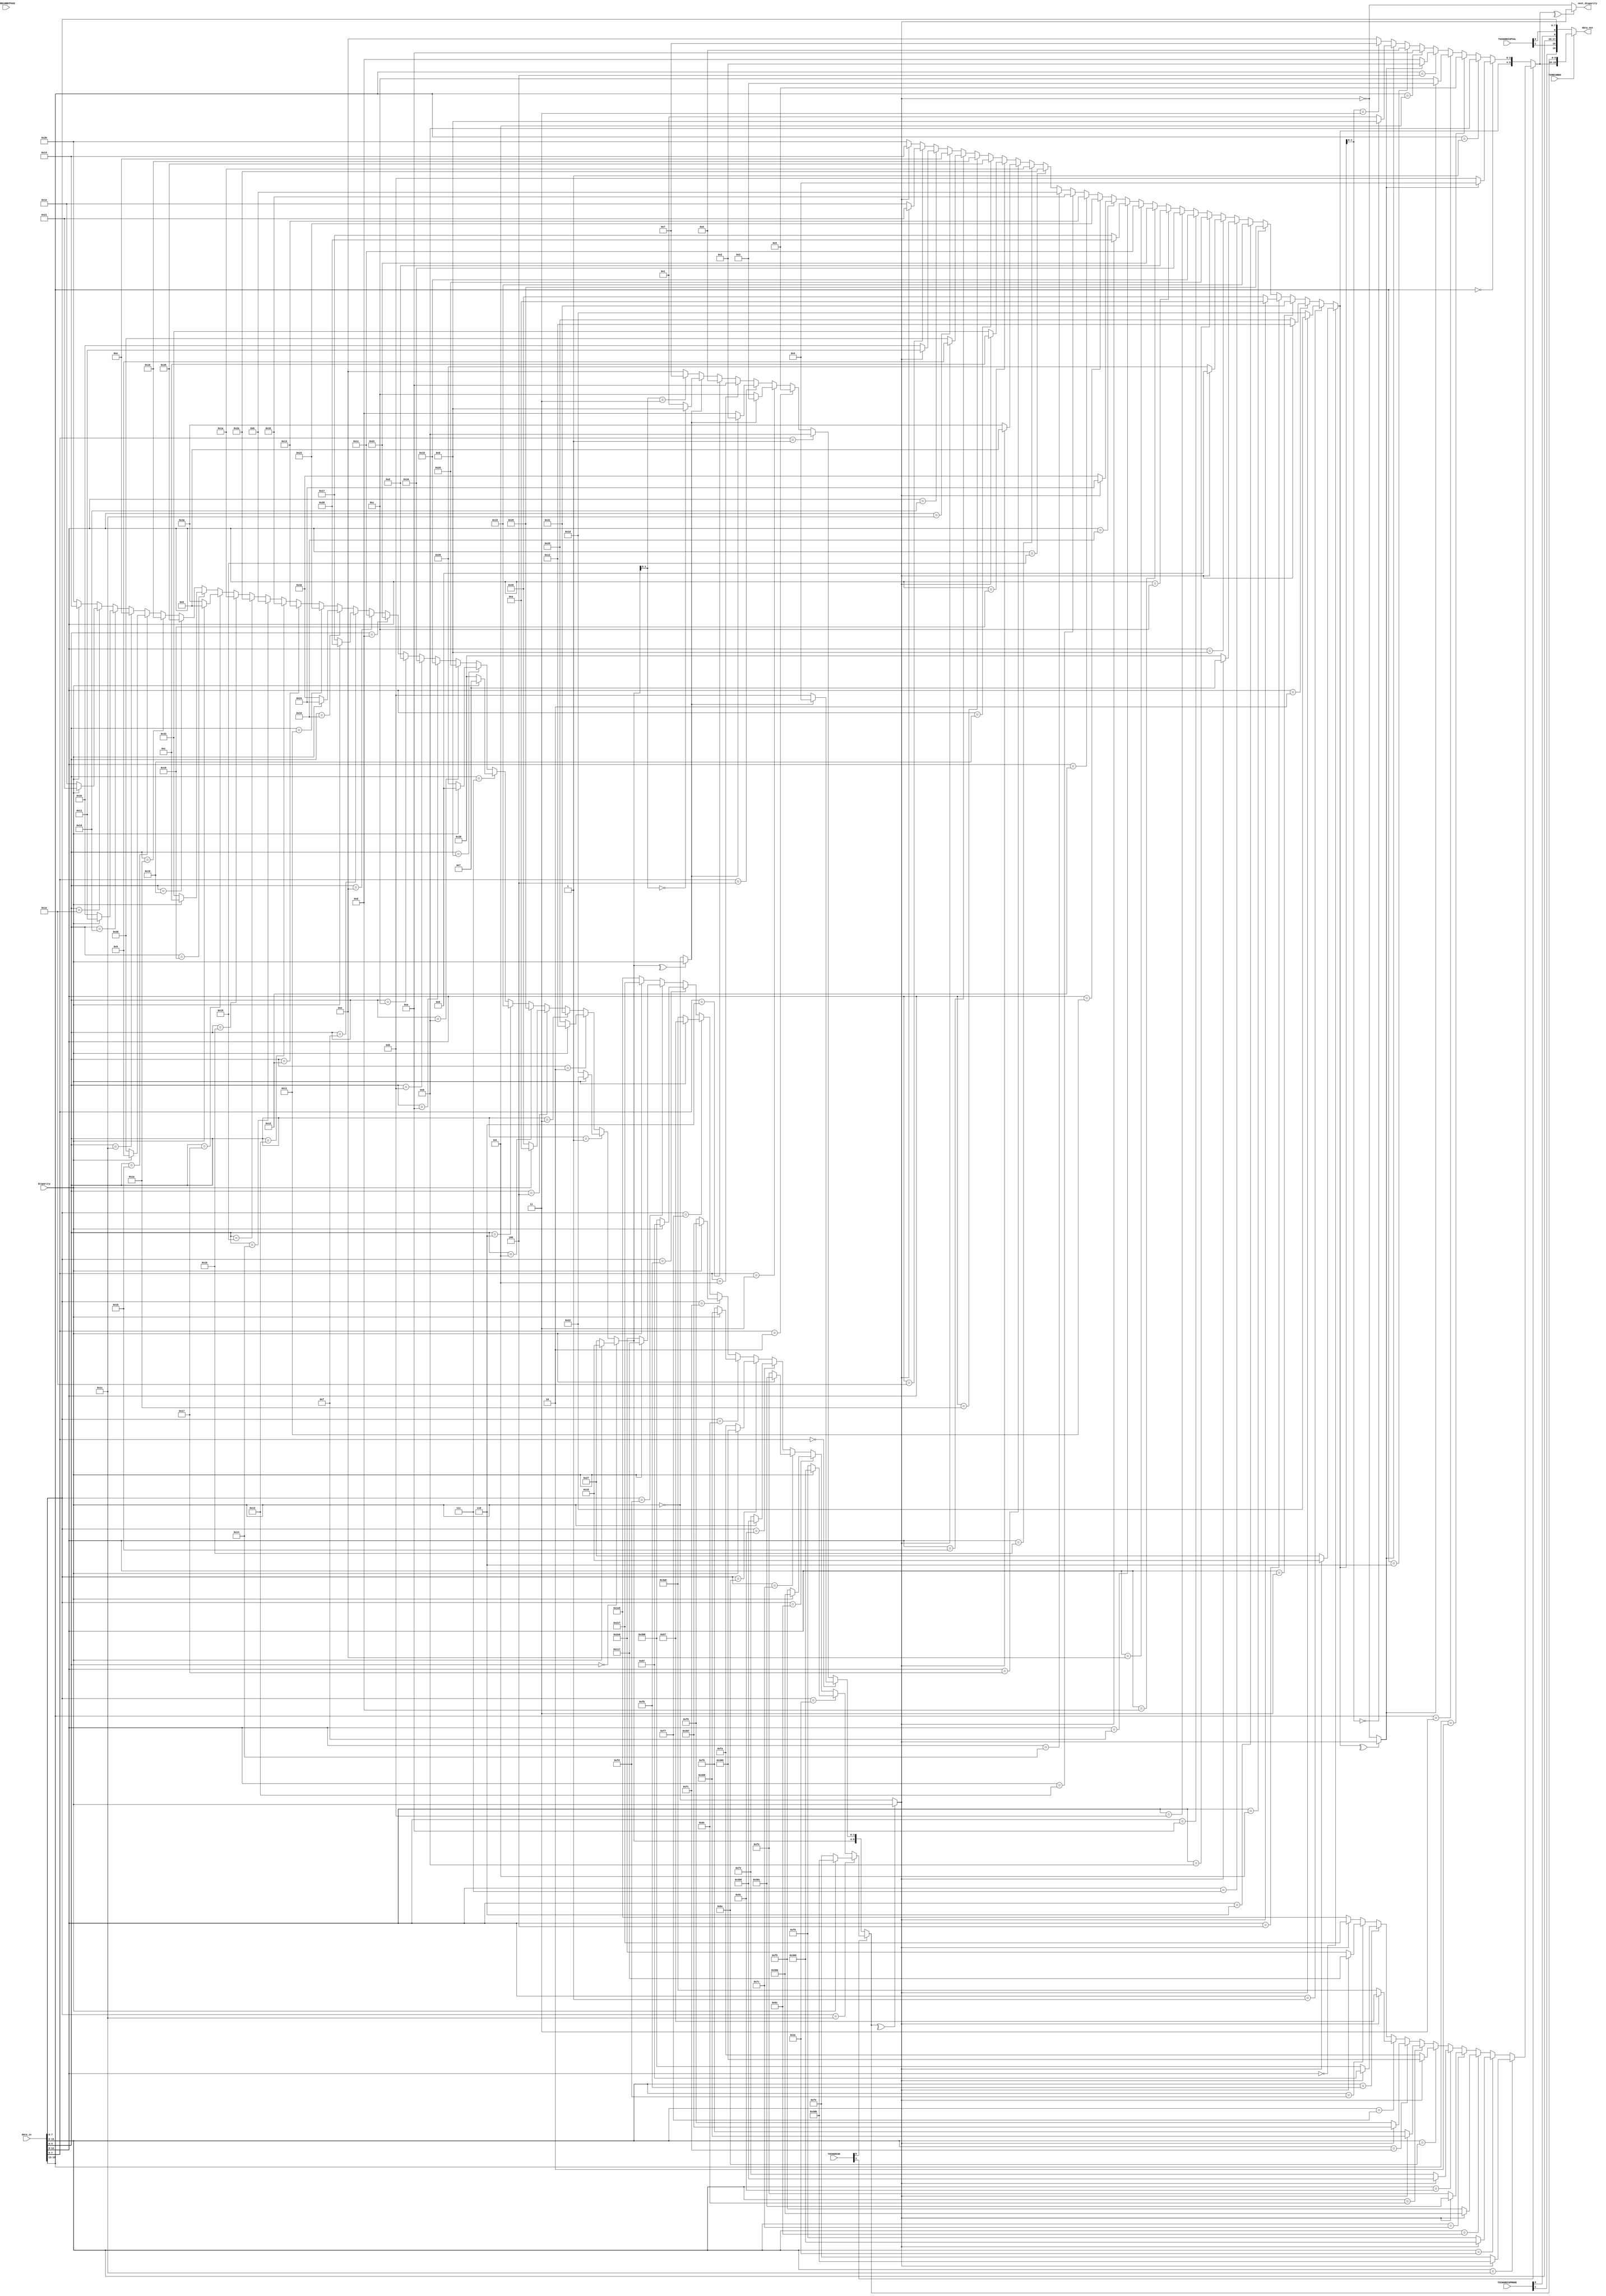
module gtxe2_chnl_tx_8x10enc #(
    parameter iwidth = 16,
    parameter iskwidth = 2,
    parameter owidth = 20
)
(
    input   wire    [iskwidth - 1:0]    TX8B10BBYPASS,
    input   wire                        TX8B10BEN,
    input   wire    [iskwidth - 1:0]    TXCHARDISPMODE,
    input   wire    [iskwidth - 1:0]    TXCHARDISPVAL,
    input   wire    [iskwidth - 1:0]    TXCHARISK,
    input   wire                        disparity,
    input   wire    [iwidth - 1:0]      data_in,
    output  wire    [owidth - 1:0]      data_out,
    output  wire                        next_disparity
);

wire    [owidth - 1:0]  enc_data_out;
wire    [owidth - 1:0]  bp_data_out;

assign  data_out = TX8B10BEN ? enc_data_out : bp_data_out;


// only full 8/10 encoding and width=20 case is implemented

localparam  word_count = owidth / 10;

wire    [word_count - 1:0]  word_disparity;
wire    [word_count - 1:0]  interm_disparity;
wire    [5:0]               six     [word_count - 1:0];
wire    [3:0]               four    [word_count - 1:0];
wire    [9:0]               oword   [word_count - 1:0];
wire    [iwidth - 1:0]      iword   [word_count - 1:0];
wire    [word_count - 1:0]  is_control;

// typical approach: 8x10 = 5x6 + 3x4
// word disparity[i] = calculated disparity for the i-th 8-bit word
// interm_disparity[i] - disparity after 5x6 encoding for the i-th word 
genvar ii;
generate
for (ii = 0; ii < 2; ii = ii + 1)
begin: encode_by_word
    assign  is_control[ii]      = TXCHARISK[ii];
    assign  iword[ii]           = data_in[ii*8 + 7:ii*8];
    assign  interm_disparity[ii]= ^six[ii] ? word_disparity[ii] : ~word_disparity[ii];
    assign  word_disparity[ii]  = (ii == 0)  ? disparity :
                                               (^oword[ii - 1] ? word_disparity[ii - 1] : ~word_disparity[ii - 1]); // if there're 5 '1's - do no change the disparity, 6 or 4 - change
    assign  six[ii] = iword[ii][4:0] == 5'b00000 ? (~word_disparity[ii] ? 6'b100111 : 6'b011000)
                    : iword[ii][4:0] == 5'b00001 ? (~word_disparity[ii] ? 6'b011101 : 6'b100010)
                    : iword[ii][4:0] == 5'b00010 ? (~word_disparity[ii] ? 6'b101101 : 6'b010010)
                    : iword[ii][4:0] == 5'b00011 ? (~word_disparity[ii] ? 6'b110001 : 6'b110001)
                    : iword[ii][4:0] == 5'b00100 ? (~word_disparity[ii] ? 6'b110101 : 6'b001010)
                    : iword[ii][4:0] == 5'b00101 ? (~word_disparity[ii] ? 6'b101001 : 6'b101001)
                    : iword[ii][4:0] == 5'b00110 ? (~word_disparity[ii] ? 6'b011001 : 6'b011001)
                    : iword[ii][4:0] == 5'b00111 ? (~word_disparity[ii] ? 6'b111000 : 6'b000111)
                    : iword[ii][4:0] == 5'b01000 ? (~word_disparity[ii] ? 6'b111001 : 6'b000110)
                    : iword[ii][4:0] == 5'b01001 ? (~word_disparity[ii] ? 6'b100101 : 6'b100101)
                    : iword[ii][4:0] == 5'b01010 ? (~word_disparity[ii] ? 6'b010101 : 6'b010101)
                    : iword[ii][4:0] == 5'b01011 ? (~word_disparity[ii] ? 6'b110100 : 6'b110100)
                    : iword[ii][4:0] == 5'b01100 ? (~word_disparity[ii] ? 6'b001101 : 6'b001101)
                    : iword[ii][4:0] == 5'b01101 ? (~word_disparity[ii] ? 6'b101100 : 6'b101100)
                    : iword[ii][4:0] == 5'b01110 ? (~word_disparity[ii] ? 6'b011100 : 6'b011100)
                    : iword[ii][4:0] == 5'b01111 ? (~word_disparity[ii] ? 6'b010111 : 6'b101000)
                    : iword[ii][4:0] == 5'b10000 ? (~word_disparity[ii] ? 6'b011011 : 6'b100100)
                    : iword[ii][4:0] == 5'b10001 ? (~word_disparity[ii] ? 6'b100011 : 6'b100011)
                    : iword[ii][4:0] == 5'b10010 ? (~word_disparity[ii] ? 6'b010011 : 6'b010011)
                    : iword[ii][4:0] == 5'b10011 ? (~word_disparity[ii] ? 6'b110010 : 6'b110010)
                    : iword[ii][4:0] == 5'b10100 ? (~word_disparity[ii] ? 6'b001011 : 6'b001011)
                    : iword[ii][4:0] == 5'b10101 ? (~word_disparity[ii] ? 6'b101010 : 6'b101010)
                    : iword[ii][4:0] == 5'b10110 ? (~word_disparity[ii] ? 6'b011010 : 6'b011010)
                    : iword[ii][4:0] == 5'b10111 ? (~word_disparity[ii] ? 6'b111010 : 6'b000101)
                    : iword[ii][4:0] == 5'b11000 ? (~word_disparity[ii] ? 6'b110011 : 6'b001100)
                    : iword[ii][4:0] == 5'b11001 ? (~word_disparity[ii] ? 6'b100110 : 6'b100110)
                    : iword[ii][4:0] == 5'b11010 ? (~word_disparity[ii] ? 6'b010110 : 6'b010110)
                    : iword[ii][4:0] == 5'b11011 ? (~word_disparity[ii] ? 6'b110110 : 6'b001001)
                    : iword[ii][4:0] == 5'b11100 ? (~word_disparity[ii] ? 6'b001110 : 6'b001110)
                    : iword[ii][4:0] == 5'b11101 ? (~word_disparity[ii] ? 6'b101110 : 6'b010001)
                    : iword[ii][4:0] == 5'b11110 ? (~word_disparity[ii] ? 6'b011110 : 6'b100001)
                    :/*iword[ii][4:0] == 5'b11111*/(~word_disparity[ii] ? 6'b101011 : 6'b010100);
    assign  four[ii] = iword[ii][7:5] == 3'd0 ? (~interm_disparity[ii] ? 4'b1011 : 4'b0100)
                     : iword[ii][7:5] == 3'd1 ? (~interm_disparity[ii] ? 4'b1001 : 4'b1001)
                     : iword[ii][7:5] == 3'd2 ? (~interm_disparity[ii] ? 4'b0101 : 4'b0101)
                     : iword[ii][7:5] == 3'd3 ? (~interm_disparity[ii] ? 4'b1100 : 4'b0011)
                     : iword[ii][7:5] == 3'd4 ? (~interm_disparity[ii] ? 4'b1101 : 4'b0010)
                     : iword[ii][7:5] == 3'd5 ? (~interm_disparity[ii] ? 4'b1010 : 4'b1010)
                     : iword[ii][7:5] == 3'd6 ? (~interm_disparity[ii] ? 4'b0110 : 4'b0110)
                     :/*iword[ii][7:5] == 3'd7*/(~interm_disparity[ii] ? (six[ii][1:0] == 2'b11 ? 4'b0111 : 4'b1110) 
                                                                       : (six[ii][1:0] == 2'b00 ? 4'b1000 : 4'b0001));
    assign  oword[ii] = ~is_control[ii] ? {six[ii], four[ii]} 
                                        : iword[ii][7:0] == 8'b00011100 ? (~word_disparity[ii] ? 10'b0011110100 : 10'b1100001011)
                                        : iword[ii][7:0] == 8'b00111100 ? (~word_disparity[ii] ? 10'b0011111001 : 10'b1100000110)
                                        : iword[ii][7:0] == 8'b01011100 ? (~word_disparity[ii] ? 10'b0011110101 : 10'b1100001010)
                                        : iword[ii][7:0] == 8'b01111100 ? (~word_disparity[ii] ? 10'b0011110011 : 10'b1100001100)
                                        : iword[ii][7:0] == 8'b10011100 ? (~word_disparity[ii] ? 10'b0011110010 : 10'b1100001101)
                                        : iword[ii][7:0] == 8'b10111100 ? (~word_disparity[ii] ? 10'b0011111010 : 10'b1100000101)
                                        : iword[ii][7:0] == 8'b11011100 ? (~word_disparity[ii] ? 10'b0011110110 : 10'b1100001001)
                                        : iword[ii][7:0] == 8'b11111100 ? (~word_disparity[ii] ? 10'b0011111000 : 10'b1100000111)
                                        : iword[ii][7:0] == 8'b11110111 ? (~word_disparity[ii] ? 10'b1110101000 : 10'b0001010111)
                                        : iword[ii][7:0] == 8'b11111011 ? (~word_disparity[ii] ? 10'b1101101000 : 10'b0010010111)
                                        : iword[ii][7:0] == 8'b11111101 ? (~word_disparity[ii] ? 10'b1011101000 : 10'b0100010111)
                                        :/*iword[ii][7:0] == 8'b11111110*/(~word_disparity[ii] ? 10'b0111101000 : 10'b1000010111);

    assign  enc_data_out[ii*10 + 9:ii * 10] = oword[ii];

    // case of a disabled encoder
    assign  bp_data_out[ii*10 + 9:ii*10] = {TXCHARDISPMODE[ii], TXCHARDISPVAL[ii], data_in[ii*8 + 7:ii*8]};
end
endgenerate
assign  next_disparity = ^oword[word_count - 1] ? word_disparity[word_count - 1] : ~word_disparity[word_count - 1];

endmodule